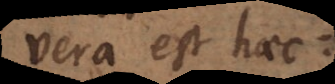
vero est huic